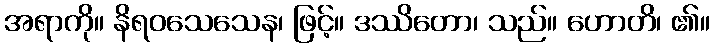
အရာကို။ နိရဝသေသေန၊ ဖြင့်။ ဒဿိတော၊ သည်။ ဟောတိ၊ ၏။